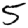
Digit: 5